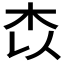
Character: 𭩟